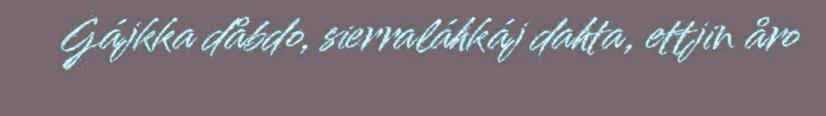
Gájkka dåbdo, sierraláhkáj dahta, ettjin åro